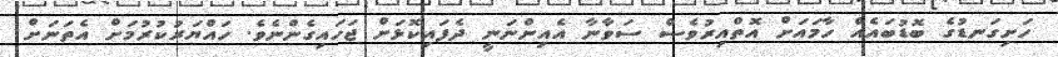
ހަށިގަނޑުގެ ބޮޑުބައެއް ހާމައަށް އޮތްއިރުވެސް ސަވާނާ އެއިންނަނީ ދެފައިކޮޅަށް ޖަހައިގެންނެވެ. ހައްޔަރުކުރުމަށް އެތަނަށް